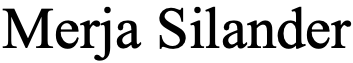
Merja Silander